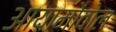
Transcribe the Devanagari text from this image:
आयामोंवोल